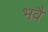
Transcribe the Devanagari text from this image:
भवै